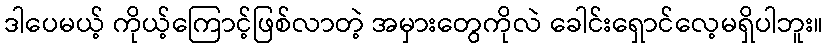
ဒါပေမယ့် ကိုယ့်ကြောင့်ဖြစ်လာတဲ့ အမှားတွေကိုလဲ ခေါင်းရှောင်လေ့မရှိပါဘူး။